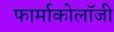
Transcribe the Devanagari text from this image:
फार्माकोलॉजी